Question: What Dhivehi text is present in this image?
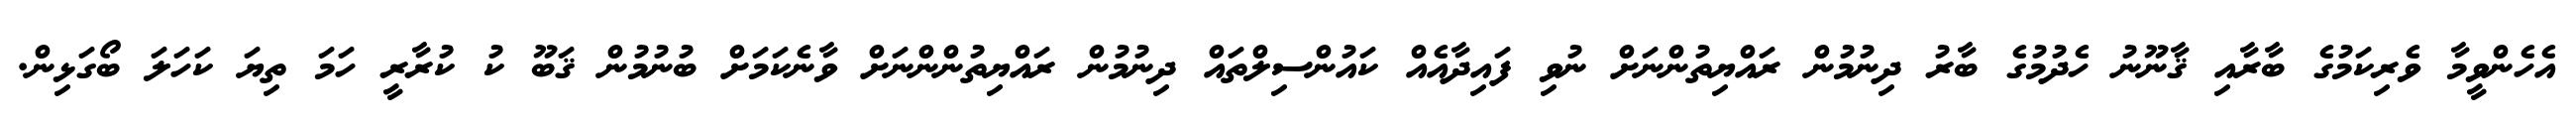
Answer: އެހެންވީމާ ވެރިކަމުގެ ބާރާއި ޤާނޫނު ހެދުމުގެ ބާރު ދިނުމުން ރައްޔިތުންނަށް ނުވި ފައިދާއެއް ކައުންސިލްތައް ދިނުމުން ރައްޔިތުންންނަށް ވާނެކަމަށް ބުނުމުން ޤަބޫ ކު ކުރާރީ ހަމަ ތިޔަ ކަހަލަ ބޯގަޅިން.